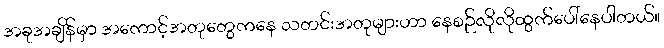
အခုအချိန်မှာ အကောင့်အတုတွေကနေ သတင်းအတုများဟာ နေစဉ်လိုလိုထွက်ပေါ်နေပါတယ်။